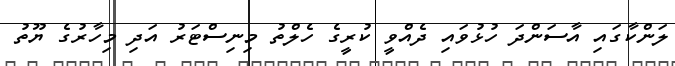
ލަންކާގައި އާސަންދަ ހުޅުވައި ދެއްވީ ކުރީގެ ހެލްތު މިނިސްޓަރު އަދި މިހާރުގެ ޔޫތު